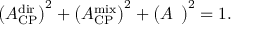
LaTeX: \bigl ( { \cal A } _ { \mathrm { C P } } ^ { \mathrm { d i r } } \bigr ) ^ { 2 } + \bigl ( { \cal A } _ { \mathrm { C P } } ^ { \mathrm { m i x } } \bigr ) ^ { 2 } + \bigl ( { \cal A } _ { \mathrm { \Delta \Gamma } } \bigr ) ^ { 2 } = 1 .